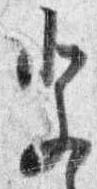
祭